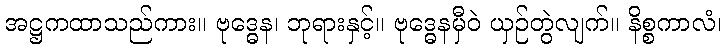
အဋ္ဌကထာသည်ကား။ ဗုဒ္ဓေန၊ ဘုရားနှင့်။ ဗုဒ္ဓေနမှီဝဲ ယှဉ်တွဲလျက်။ နိစ္စကာလံ၊